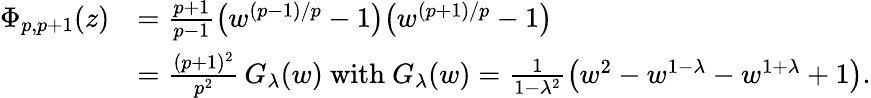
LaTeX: \begin{array}{rl}{\Phi_{p,p+1}(z)}&{=\frac{p{+}1}{p{-}1}\big(w^{(p-1)/p}-1\big)\big(w^{(p+1)/p}-1\big)}\\ &{=\frac{(p{+}1)^{2}}{p^{2}}\, G_{\lambda}(w)\mathrm{~with~}G_{\lambda}(w)=\frac 1{1{-}\lambda^{2}}\big(w^{2}-w^{1-\lambda}-w^{1+\lambda}+1\big).}\end{array}